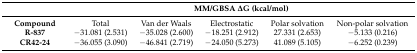
|  | <COLSPAN=5> MM/GBSA ΔG (kcal/mol) |
 | --- | --- | --- | --- | --- | --- |
 | Compound | Total | Van der Waals | Electrostatic | Polar solvation | Non-polar solvation |
 | R-837 | −31.081 (2.531) | −35.028 (2.600) | −18.251 (2.912) | 27.331 (2.653) | −5.133 (0.216) |
 | CR42-24 | −36.055 (3.090) | −46.841 (2.719) | −24.050 (5.273) | 41.089 (5.105) | −6.252 (0.239) |